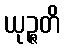
ယုဉ္ဇတိ